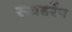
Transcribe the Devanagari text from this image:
स्खडरेंप